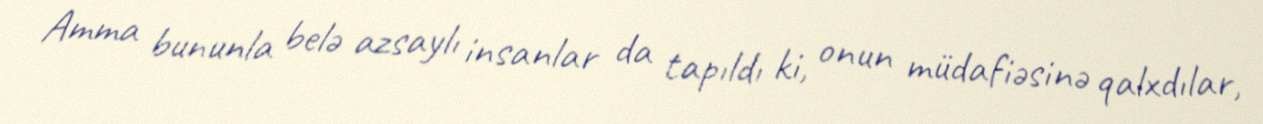
Amma bununla belə azsaylı insanlar da tapıldı ki, onun müdafiəsinə qalxdılar,